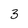
Character: 3